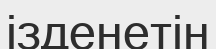
ізденетін